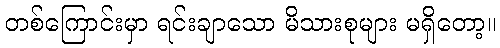
တစ်ကြောင်းမှာ ရင်းချာသော မိသားစုများ မရှိတော့။